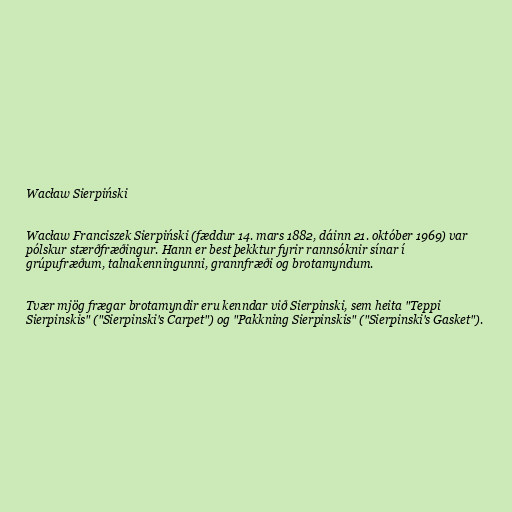
Wacław Sierpiński

Wacław Franciszek Sierpiński (fæddur 14. mars 1882, dáinn 21. október 1969) var
pólskur stærðfræðingur. Hann er best þekktur fyrir rannsóknir sínar í
grúpufræðum, talnakenningunni, grannfræði og brotamyndum.

Tvær mjög frægar brotamyndir eru kenndar við Sierpinski, sem heita "Teppi
Sierpinskis" ("Sierpinski's Carpet") og "Pakkning Sierpinskis" ("Sierpinski's Gasket").